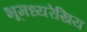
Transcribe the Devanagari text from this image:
भूमध्यरेखिय